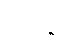
မသိ၍